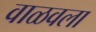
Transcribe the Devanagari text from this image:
वाळवला